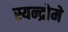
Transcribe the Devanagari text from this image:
स्यन्द्रोमे